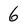
Character: 6